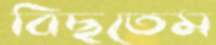
বিছতেম